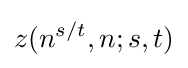
z(n^{s/t},n;s,t)